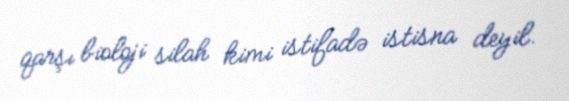
qarşı bioloji silah kimi istifadə istisna deyil.